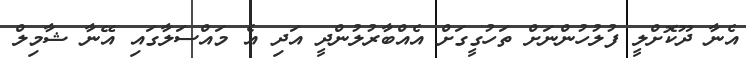
އެނާ ދޫކޮށްލީ ފުލުހުންނަށް ތަހުގީގަށް އެއްބާރުލުންދީ އަދި އެ މައްސަލާގައި އޭނާ ޝާމިލް